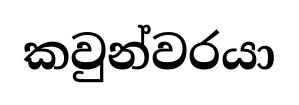
කවුන්වරයා